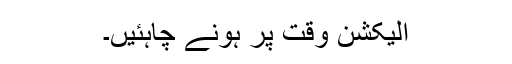
الیکشن وقت پر ہونے چاہئیں۔